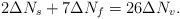
\begin{align*}2\Delta N_{s}+7\Delta N_{f}=26 \Delta N_{v}. \end{align*}